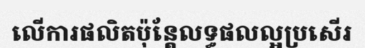
លើការផលិតប៉ុន្តែលទ្ធផលល្អប្រសើរ